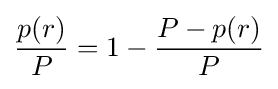
{\frac {p(r)}{P}}=1-{\frac {P-p(r)}{P}}